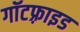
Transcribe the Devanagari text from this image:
गॉटफ़्राइड